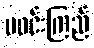
မဝင်းကြည်